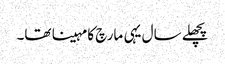
پچھلے سال یہی مارچ کا مہینا تھا۔